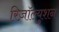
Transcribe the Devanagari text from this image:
रिज़ॉल्युशन